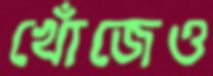
খোঁজেও